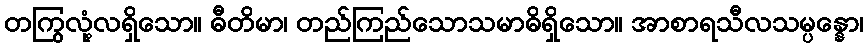
တကြွလုံ့လရှိသော။ ဓီတိမာ၊ တည်ကြည်သောသမာဓိရှိသော။ အာစာရသီလသမ္ပန္နော၊